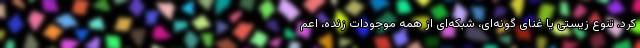
کرد. تنوع زیستی یا غنای گونه‌ای، شبکه‌ای از همه موجودات زنده، اعم